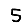
Digit: 5